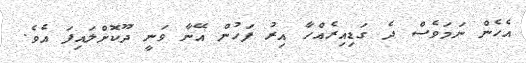
އެހެން ނަމަވެސް ދެ ގަޑިއިރެއްހާ އިރު ފަހުން އޭނާ ވަނީ ދޫކޮށްލައިފަ އެވެ.